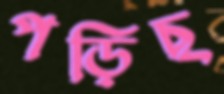
পড়িছ